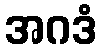
အဂဒံ